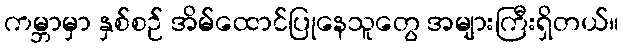
ကမ္ဘာမှာ နှစ်စဉ် အိမ်ထောင်ပြုနေသူတွေ အများကြီးရှိတယ်။